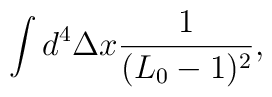
\int d^{4}\Delta x {\frac{1}{(L_{0}-1)^{2}}},